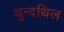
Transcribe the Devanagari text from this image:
थुन्दथिल